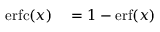
\begin{array} { r l } { \operatorname { e r f c } ( x ) } & { { } = 1 - \operatorname { e r f } ( x ) } \end{array}